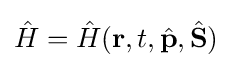
{\hat {H}}={\hat {H}}(\mathbf {r} ,t,{\hat {\mathbf {p} }},{\hat {\mathbf {S} }})